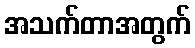
အသက်တာအတွက်